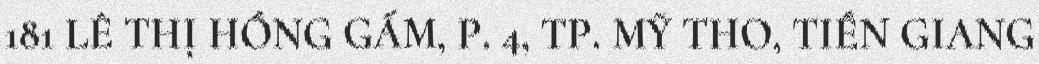
181 LÊ THỊ HỒNG GẤM, P. 4, TP. MỸ THO, TIỀN GIANG